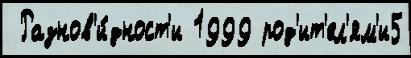
 Разнов'и́дност'и 1999 род'ит'ел'ям'и5